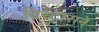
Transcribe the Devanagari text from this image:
विस्टाराने